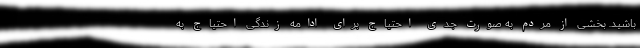
باشید. بخشی از مردم به صورت جدی احتیاج برای ادامه زندگی احتیاج به